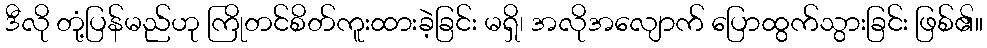
ဒီလို တုံ့ပြန်မည်ဟု ကြိုတင်စိတ်ကူးထားခဲ့ခြင်း မရှိ၊ အလိုအလျောက် ပြောထွက်သွားခြင်း ဖြစ်၏။